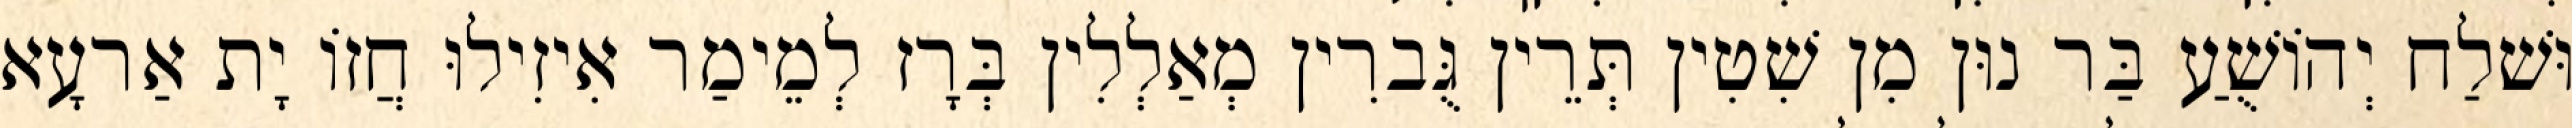
וּשׁלַח יְהוֹשֻׁעַ בַּר נוּן מִן שִׁטִין תְּרֵין גֻּברִין מְאַלְלִין בְּרָז לְמֵימַר אִיזִילוּ חֲזוֹ יָת אַרעָא